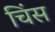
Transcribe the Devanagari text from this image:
चिंस